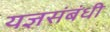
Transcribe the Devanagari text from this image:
यज्ञसंबंधी